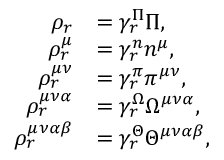
\begin{array} { r l } { \rho _ { r } } & { = \gamma _ { r } ^ { \Pi } \Pi , } \\ { \rho _ { r } ^ { \mu } } & { = \gamma _ { r } ^ { n } n ^ { \mu } , } \\ { \rho _ { r } ^ { \mu \nu } } & { = \gamma _ { r } ^ { \pi } \pi ^ { \mu \nu } , } \\ { \rho _ { r } ^ { \mu \nu \alpha } } & { = \gamma _ { r } ^ { \Omega } \Omega ^ { \mu \nu \alpha } , } \\ { \rho _ { r } ^ { \mu \nu \alpha \beta } } & { = \gamma _ { r } ^ { \Theta } \Theta ^ { \mu \nu \alpha \beta } , } \end{array}